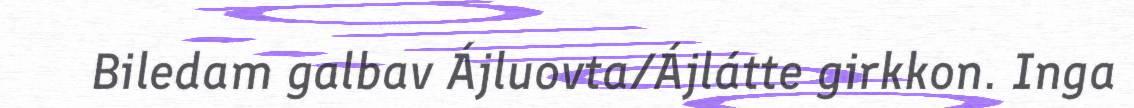
Biledam galbav Ájluovta/Ájlátte girkkon. Inga